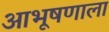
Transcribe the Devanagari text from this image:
आभूषणाला